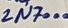
Text: 2N7000